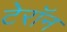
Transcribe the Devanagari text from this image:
टेरॉन